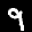
Label: 9